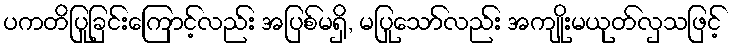
ပကတိပြုခြင်းကြောင့်လည်း အပြစ်မရှိ, မပြုသော်လည်း အကျိုးမယုတ်လှသဖြင့်